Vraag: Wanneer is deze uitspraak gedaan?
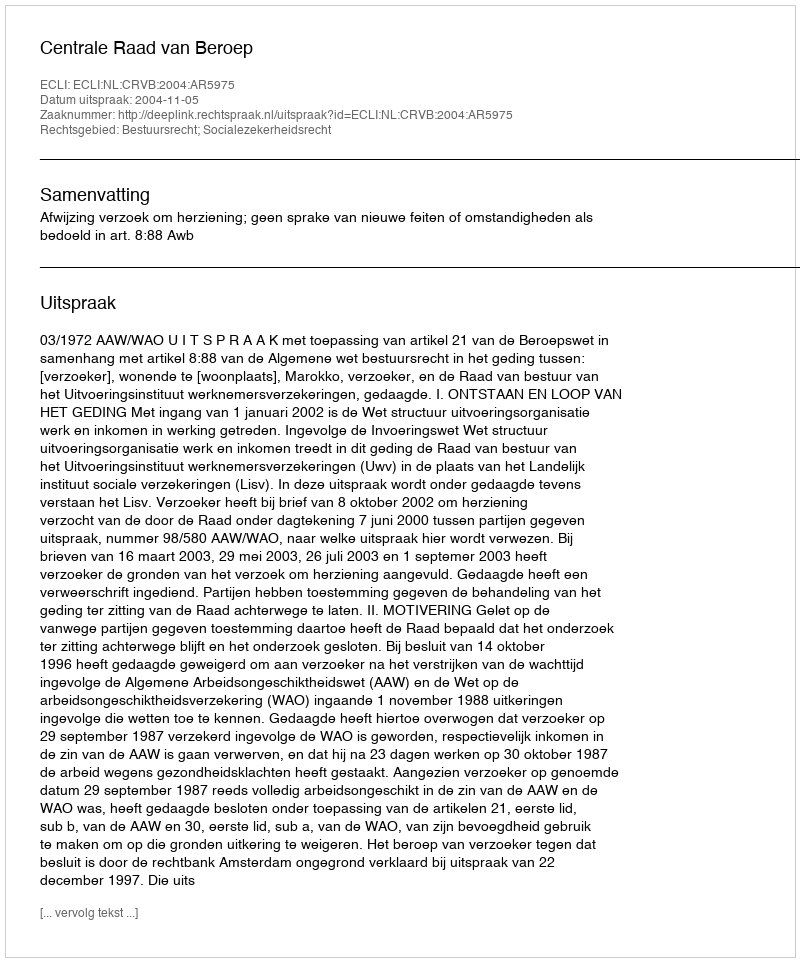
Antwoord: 2004-11-05